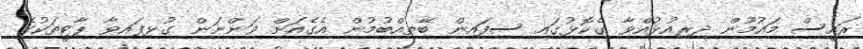
ރައީސް މައުމޫން ދިރިއުޅުއްވާ ގެކޮޅުގައި ސިފައިން ބޭތިއްބުމުން އެގެއަށް ވަންނަން ގުޅިފައިވާ ޕާޓީތަކުގެ